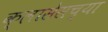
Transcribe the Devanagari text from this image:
क्लासेसच्या